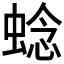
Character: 𬠖